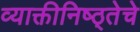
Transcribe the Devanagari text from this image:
व्याक्तीनिष्ठ्तेचे